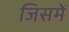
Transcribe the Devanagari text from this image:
जिसमें